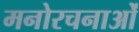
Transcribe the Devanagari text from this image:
मनोरचनाओं